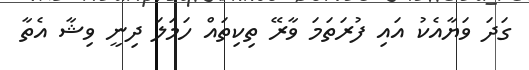
ގަދަ ވަޔާއެކު އައި ފުރަތަމަ ވާރޭ ތިކިތައް ހަމަލަ ދިނީ ވިޝާ އެތާ